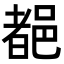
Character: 𨜞